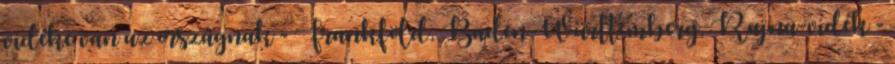
vidéke van az országnak - Frankföld, Baden-Württemberg, Rajna-vidék -